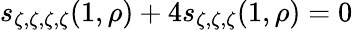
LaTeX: s_{\zeta,\zeta,\zeta,\zeta}(1,\rho)+4s_{\zeta,\zeta,\zeta}(1,\rho)=0